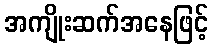
အကျိုးဆက်အနေဖြင့်